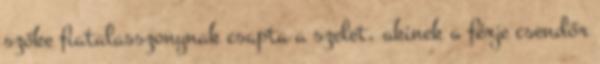
szőke fiatalasszonynak csapta a szelet, akinek a férje csendőr